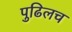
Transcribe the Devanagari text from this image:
पुढिलच